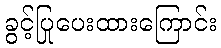
ခွင့်ပြုပေးထားကြောင်း